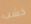
خشب